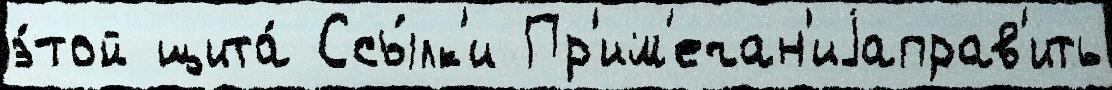
э́той щита́ Ссы́лк'и Пр'им'ечан'иjаправ'ить